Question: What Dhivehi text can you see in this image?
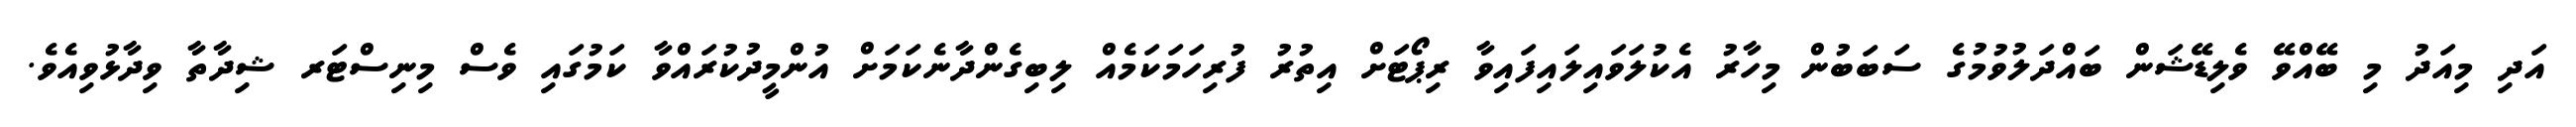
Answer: އަދި މިއަދު މި ބޭއްވޭ ވެލިޑޭޝަން ބައްދަލުވުމުގެ ސަބަބުން މިހާރު އެކުލަވައިލައިފައިވާ ރިޕޯޓަށް އިތުރު ފުރިހަމަކަމެއް ލިބިގެންދާނެކަމަށް އުންމީދުކުރައްވާ ކަމުގައި ވެސް މިނިސްޓަރ ޝިދާތާ ވިދާޅުވިއެވެ.